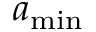
a _ { \mathrm { m i n } }